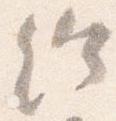
給